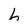
Character: h